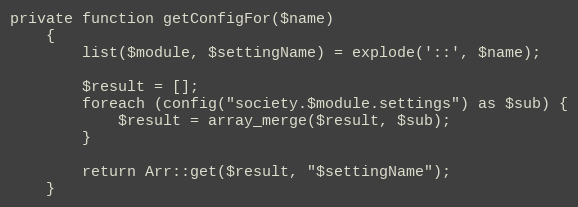
Language: PHP
private function getConfigFor($name)
    {
        list($module, $settingName) = explode('::', $name);

        $result = [];
        foreach (config("society.$module.settings") as $sub) {
            $result = array_merge($result, $sub);
        }

        return Arr::get($result, "$settingName");
    }